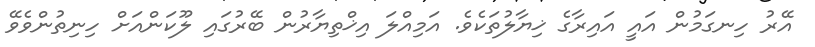
އޭރު ހިނގަމުން އައީ އައިރާގެ ޚިޔާލުތަކެވެ. އަމިއްލަ އިޚްތިޔާރުން ބޭރުގައި ލޫކަންއަށް ހިނިތުންވެވޭ